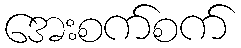
အေးစက်စက်